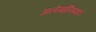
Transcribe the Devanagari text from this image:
अलेमानिया।